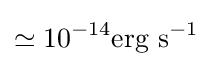
\simeq 10^{-14}\mathrm {erg\,\,s} ^{-1}